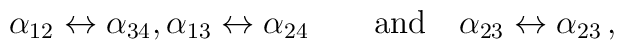
\alpha_{12} \leftrightarrow \alpha_{34}, \alpha_{13} \leftrightarrow  \alpha_{24}\qquad\mbox{and} \quad\alpha_{23} \leftrightarrow \alpha_{23}\,,